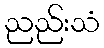
ညည်းသံ